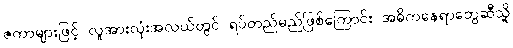
ဇကာများဖြင့် လူအားလုံးအလယ်တွင် ရပ်တည်မည်ဖြစ်ကြောင်း အဓိကနေရာတွေဆီသို့